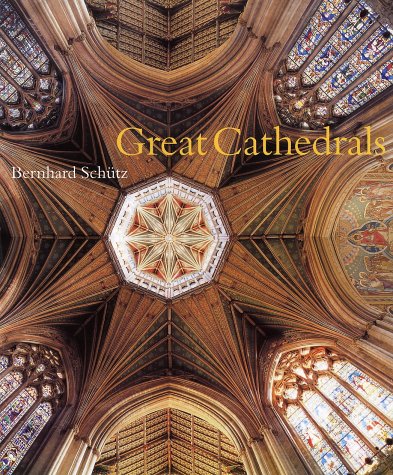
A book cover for Great Cathedrals; Bernhard Schutz; Arts & Photography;